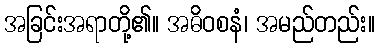
အခြင်းအရာတို့၏။ အဓိဝစနံ၊ အမည်တည်း။